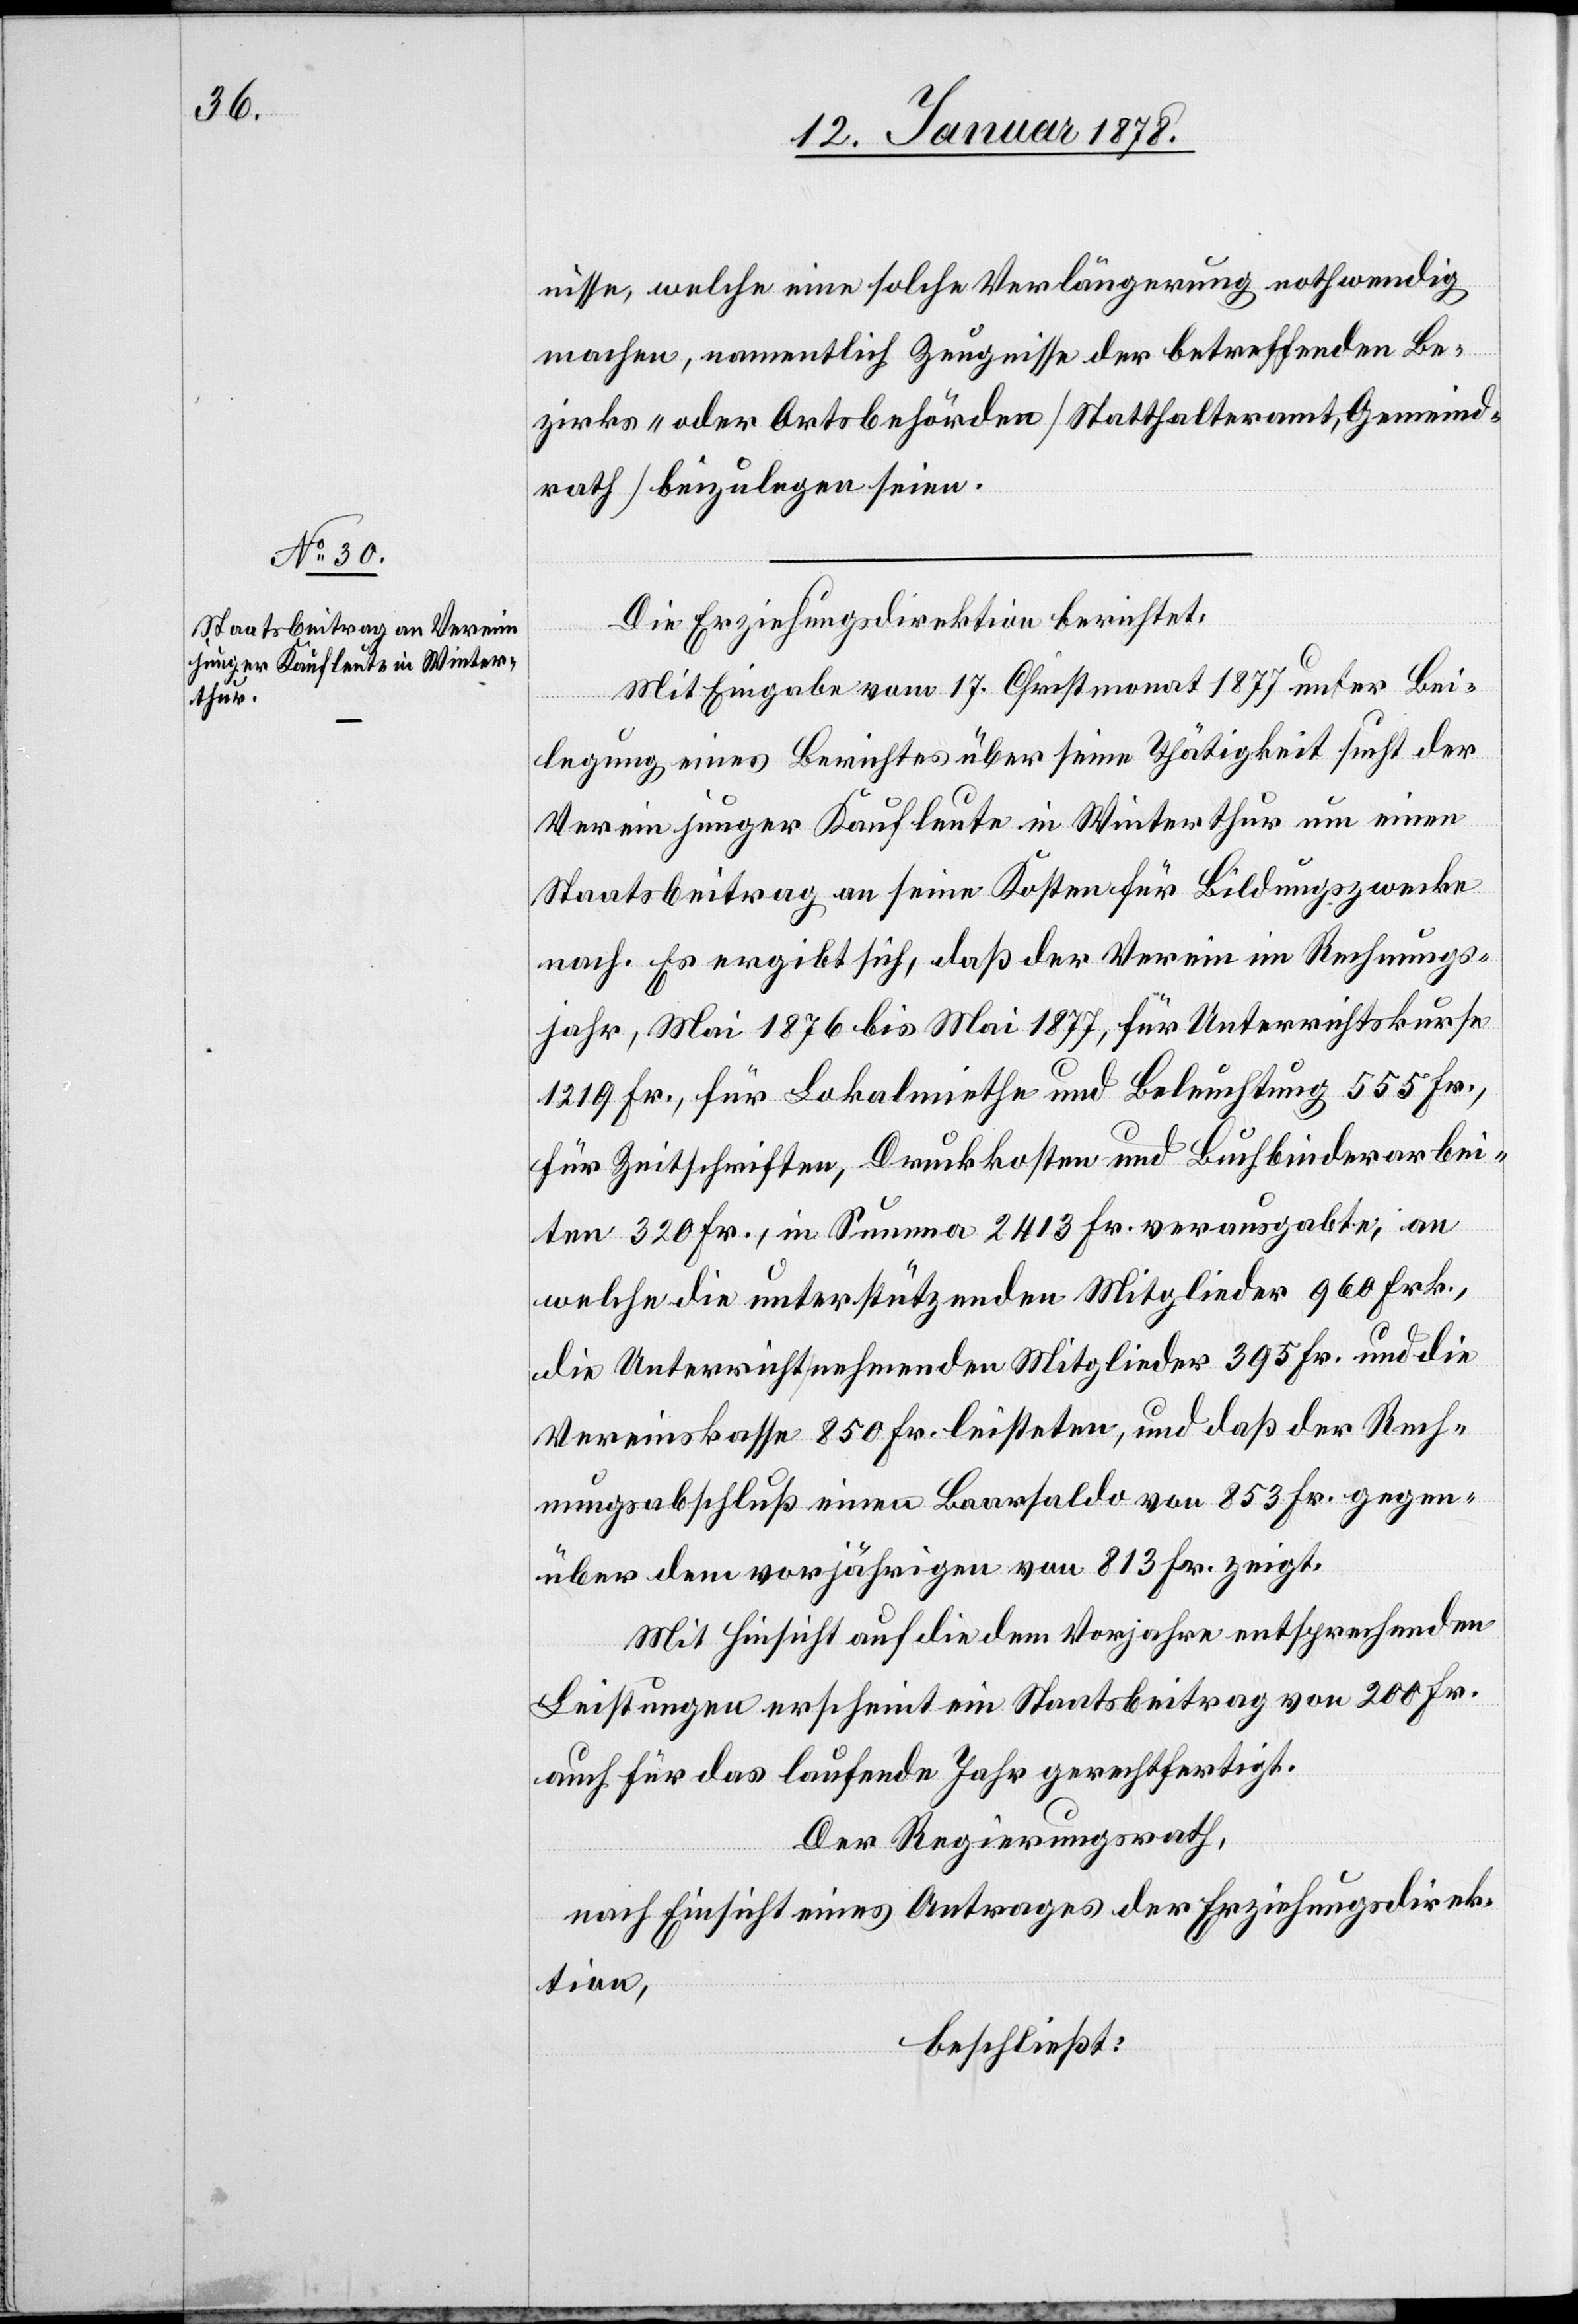
nisse, welche eine solche Verlängerung nothwendig
machen, namentlich Zeugnisse der betreffenden Be¬
zirks- oder Ortsbehörden [Statthalteramt, Gemeind¬
rath] beizulegen seien.
Die Erziehungsdirektion berichtet,
Mit Eingabe vom 17. Christmonat 1877 unter Bei¬
legung eines Berichtes über seine Thätigkeit sucht der
Verein junger Kaufleute in Winterthur um einen
Staatsbeitrag an seine Kosten für Bildungszwecke
nach. Es ergibt sich, daß der Verein im Rechnungs¬
jahr, Mai 1876 bis Mai 1877, für Unterrichtskurse
1219 Fr., für Lokalmiethe und Beleuchtung 555 Fr.,
für Zeitschriften, Druckkosten und Buchbinderarbei¬
ten 320 Fr., in Summa 2413 Fr. verausgabte, an
welche die unterstützenden Mitglieder 960 Frk.,
die Unterricht nehmenden Mitglieder 395 Fr. und die
Vereinskasse 850 Fr. leisteten, und daß der Rech¬
nungsabschluß einen Baarsaldo von 853 Fr. gegen¬
über dem vorjährigen von 813 Fr. zeigt.
Mit Hinsicht auf die dem Vorjahre entsprechenden
Leistungen erscheint ein Staatsbeitrag von 200 Fr.
auch für das laufende Jahr gerechtfertigt.
Der Regierungsrath,
nach Einsicht eines Antrages der Erziehungsdirek¬
tion,
beschließt: